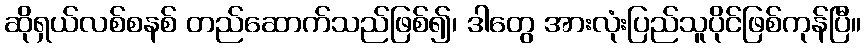
ဆိုရှယ်လစ်စနစ် တည်ဆောက်သည်ဖြစ်၍၊ ဒါတွေ အားလုံးပြည်သူပိုင်ဖြစ်ကုန်ပြီ။